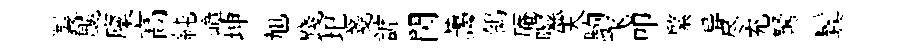
製飇廩高純嶂坤旭踐圯戔謔閃藹鴒庵隰天駒飞叩綮异尽充駑鬂